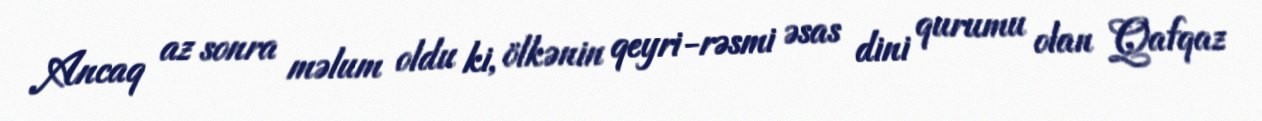
Ancaq az sonra məlum oldu ki, ölkənin qeyri-rəsmi əsas dini qurumu olan Qafqaz